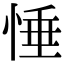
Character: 𢛉